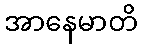
အာနေမာတိ